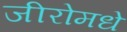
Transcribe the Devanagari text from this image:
जीरोमधे